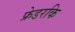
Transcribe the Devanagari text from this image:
फ्रेडरकि